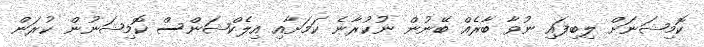
ކޮމިޝަނަށް ލިބިފައި ނުވާ ބާރެއް ބޭނުން ނުކުރާނެ ކަމަށާއި އިލެކްޝަންސް ކޮމިޝަނުން ކުރަން